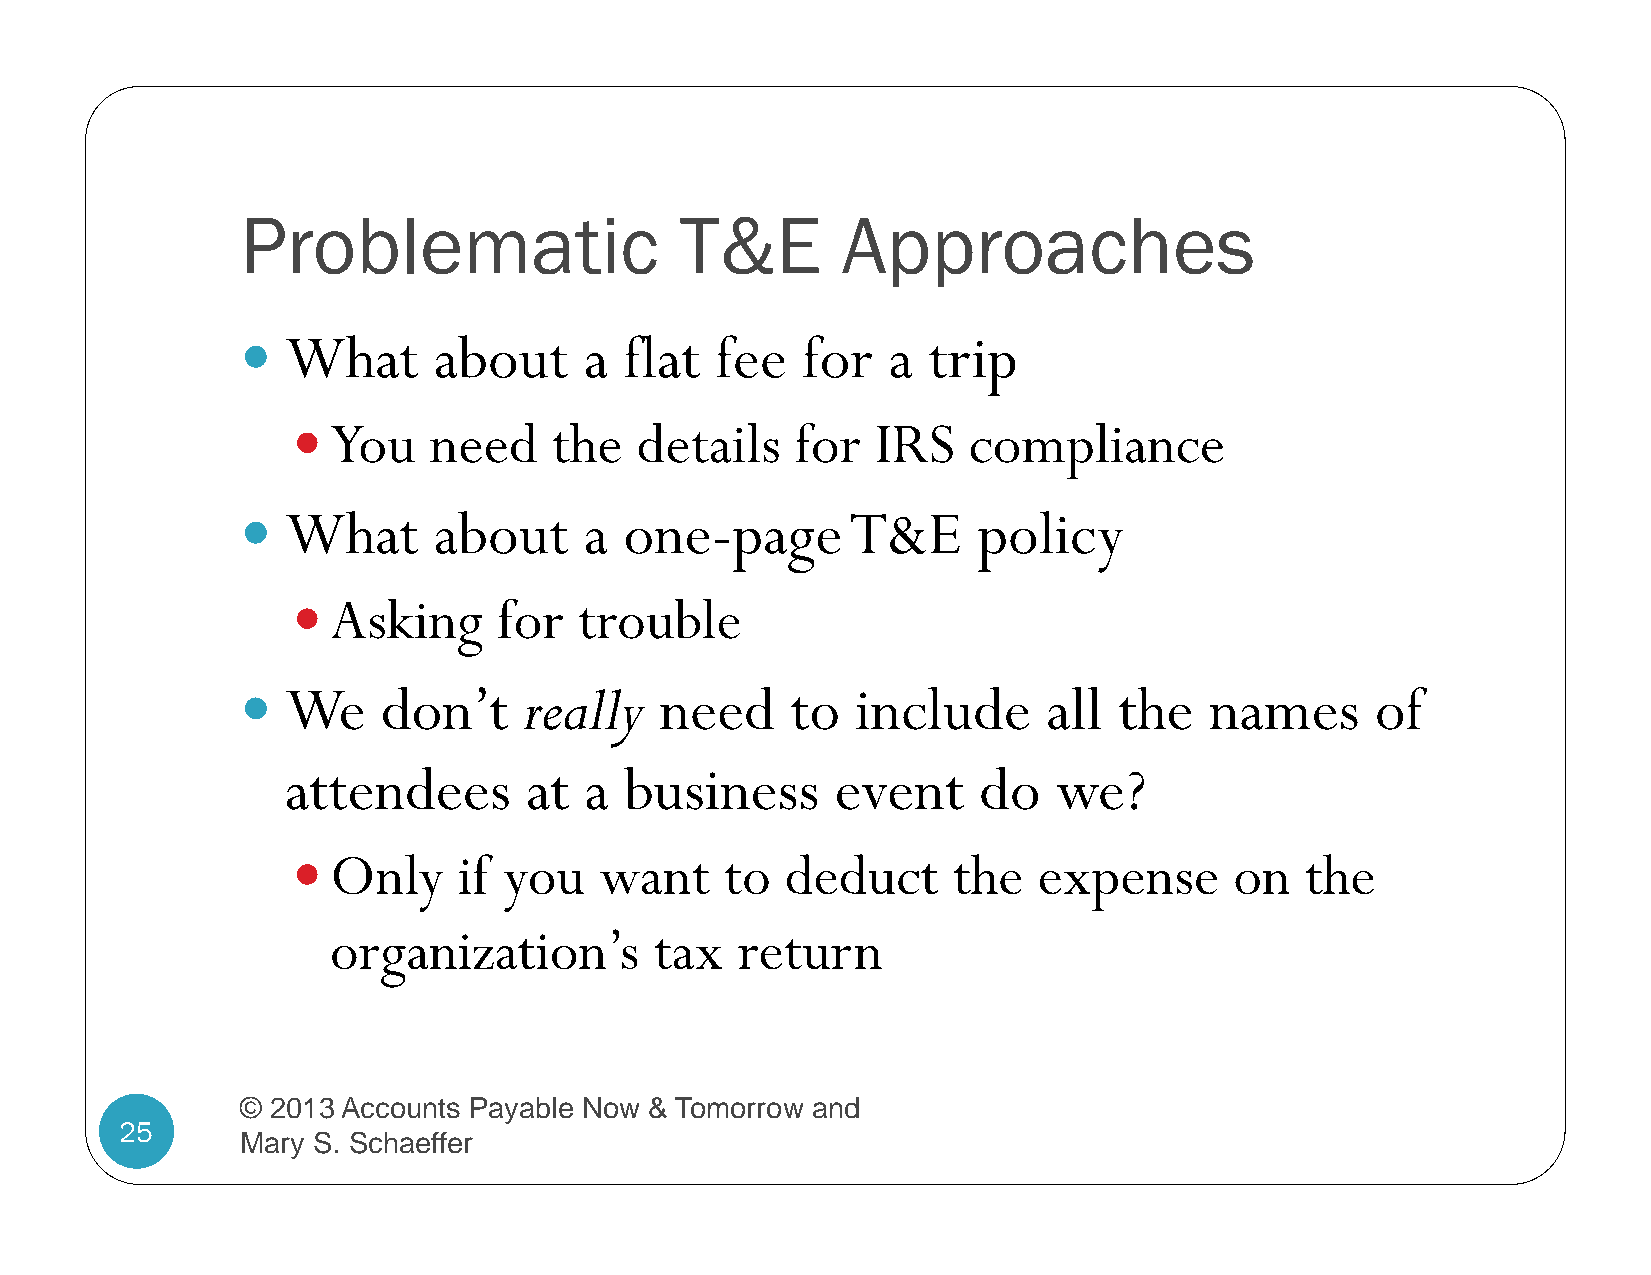
Problematic                  T&E        Approaches
   What      about     a flat  fee   for   a trip
   You   need     the  details    for  IRS   compliance
   What      about     a one-page       T&E      policy
   Asking     for  trouble
   We    don’t     really   need    to   include     all  the   names      of
 attendees       at  a business      event     do   we?
   Only    if you    want    to  deduct     the   expense      on  the
 organization’s       tax   return
 © 2013 Accounts Payable Now & Tomorrow and
 25
 Mary S. Schaeffer